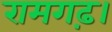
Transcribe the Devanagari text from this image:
रामगढ़।